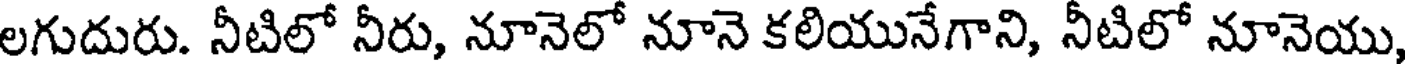
లగుదురు. నీటిలో నీరు, నూనెలో నూనె కలియునేగాని, నీటిలో నూనెయు,